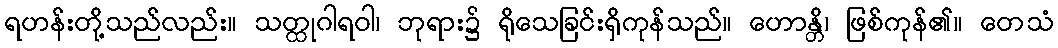
ရဟန်းတို့သည်လည်း။ သတ္ထုဂါရဝါ၊ ဘုရား၌ ရိုသေခြင်းရှိကုန်သည်။ ဟောန္တိ၊ ဖြစ်ကုန်၏။ တေသံ